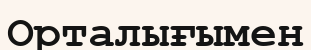
Орталығымен